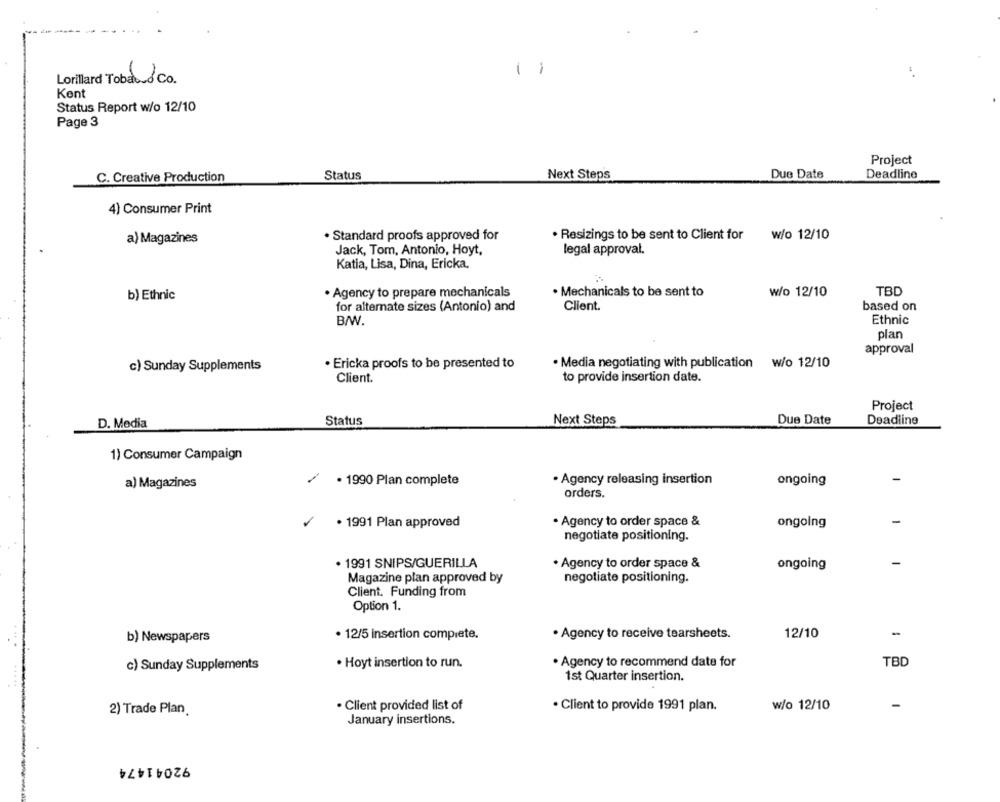
-
Lorillard Tobabusco.
Kent
Status Report w/o 12/10
Page 3
Project
Status
Next Steps
Due Date
Deadline
C. Creative Production
4) Consumer Print
a) Magazines
. Standard proofs approved for
. Resizings to be sent to Client for
w/o 12/10
Jack, Tom, Antonio, Hoyt,
legal approval.
Katia, Lisa, Dina, Ericka,
b) Ethnic
. Agency to prepare mechanicals
· Mechanicals to be sent to
w/o 12/10
TBD
for alternate sizes (Antonio) and
Client.
based on
B/W.
Ethnic
plan
approval
c) Sunday Supplements
· Ericka proofs to be presented to
· Media negotiating with publication w/o 12/10
to provide insertion date.
Client.
Project
D. Media
Status
Next Steps
Due Date
Deadline
1) Consumer Campaign
· 1990 Plan complete
. Agency releasing insertion
ongoing
a) Magazines
orders.
-
· 1991 Plan approved
· Agency to order space &
ongoing
negotiate positioning.
· 1991 SNIPS/GUERILLA
· Agency to order space &
ongoing
-
Magazine plan approved by
negotiate positioning.
Client. Funding from
Option 1.
. Agency to receive tearsheets.
12/10
-
b) Newspapers
· 12/5 insertion complete.
c) Sunday Supplements
. Hoyt insertion to run.
. Agency to recommend date for
TBD
1st Quarter insertion.
· Client provided list of
w/o 12/10
-
2) Trade Plan.
· Client to provide 1991 plan.
January insertions.
92041474